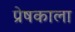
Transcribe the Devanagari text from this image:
प्रेषकाला